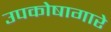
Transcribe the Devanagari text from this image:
उपकोषागारे